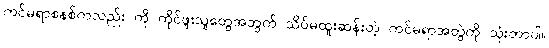
ကင်မရာစနစ်ကလည်း ကို ကိုင်ဖူးသူတွေအတွက် သိပ်မထူးဆန်းတဲ့ ကင်မရာအတွဲကို သုံးတာပါ။